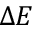
\Delta E